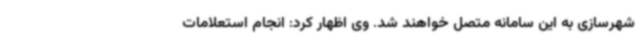
شهرسازی به این سامانه متصل خواهند شد. وی اظهار کرد: انجام استعلامات